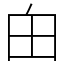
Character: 甶